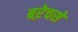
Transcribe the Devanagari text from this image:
बऱेचसे